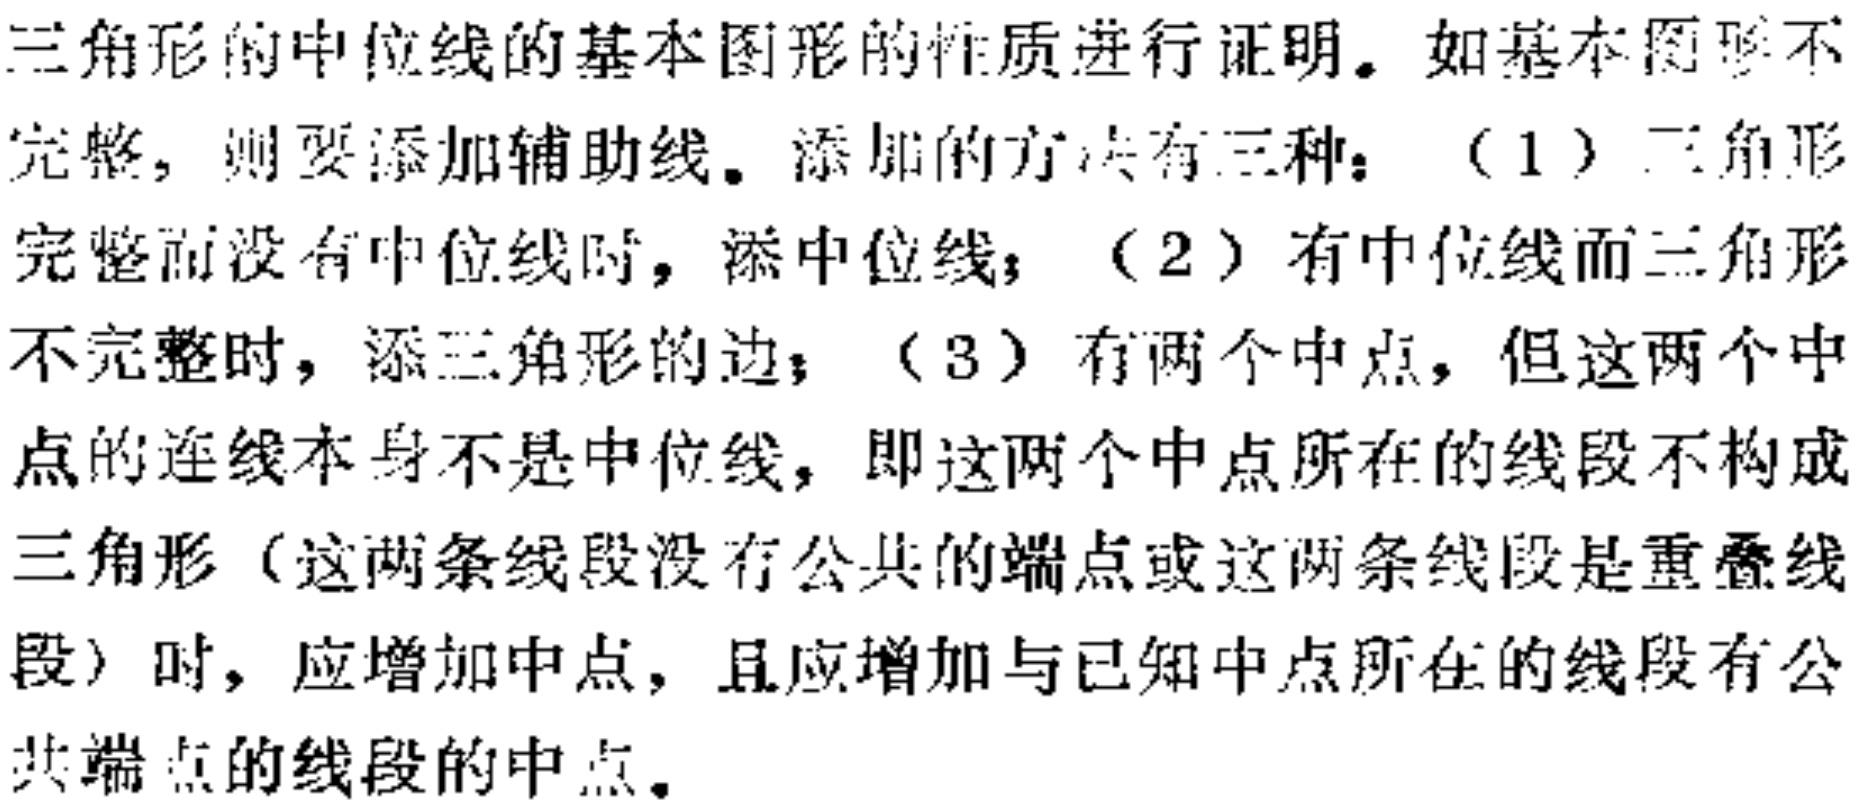
三角形的中位线的基本图形的性质进行证明。如基本图形不完整，则要添加辅助线。添加的方法有三种：（1）三角形完整而没有中位线时，添中位线；（2）有中位线而三角形不完整时，添三角形的边；（3）有两个中点，但这两个中点的连线本身不是中位线，即这两个中点所在的线段不构成三角形（这两条线段没有公共的端点或这两条线段是重叠线段）时，应增加中点，且应增加与已知中点所在的线段有公共端点的线段的中点。